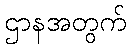
ဌာနအတွက်